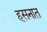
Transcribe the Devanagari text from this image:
हसनात